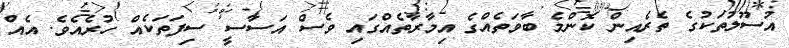
އުސޫލުތަކުގެ ތެރެއިން ކޮންމެ ބާވަތެއްގެ އިމާރާތެއްގައި ވެސް އަސާސީ ސިފަތަކެއް ހުރެއެވެ. އެއް